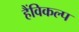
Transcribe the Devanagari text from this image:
हैंविकल्प